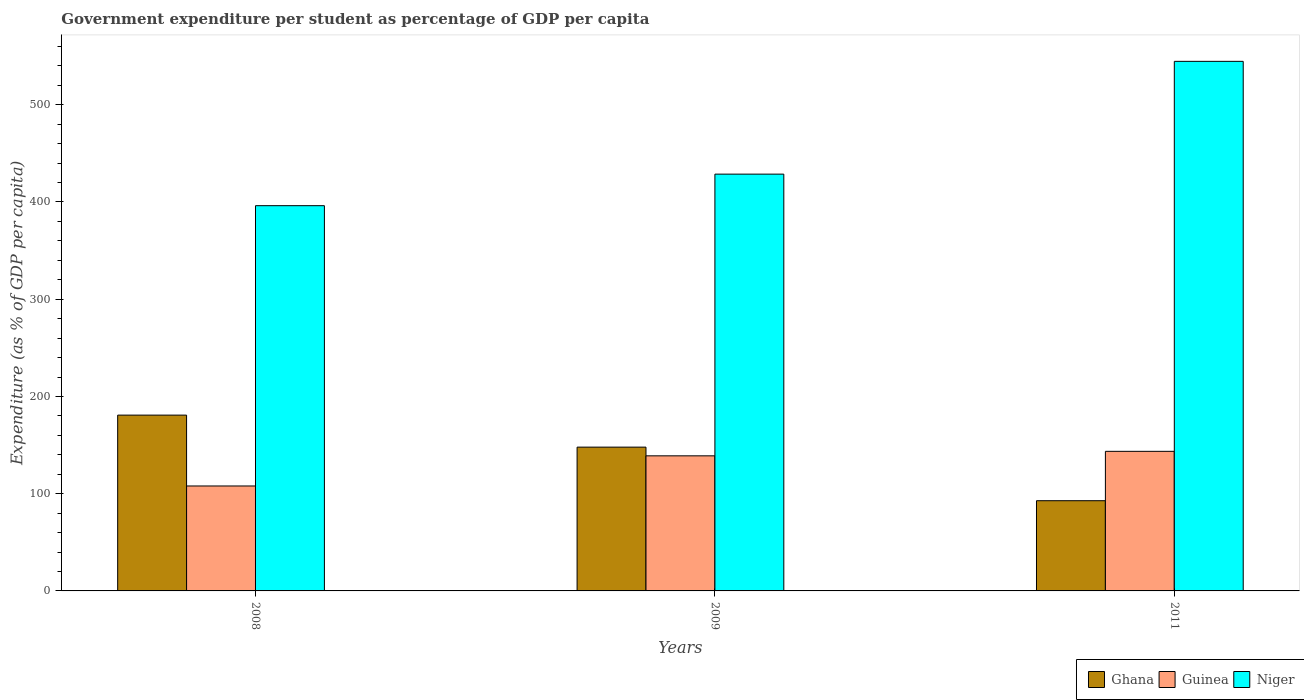
| Years | Ghana | Guinea | Niger |
 | --- | --- | --- | --- |
 | 2008 | 181 | 108 | 396 |
 | 2009 | 148 | 139 | 429 |
 | 2011 | 92.8 | 144 | 545 |